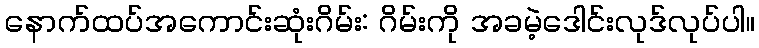
နောက်ထပ်အကောင်းဆုံးဂိမ်း: ဂိမ်းကို အခမဲ့ဒေါင်းလုဒ်လုပ်ပါ။